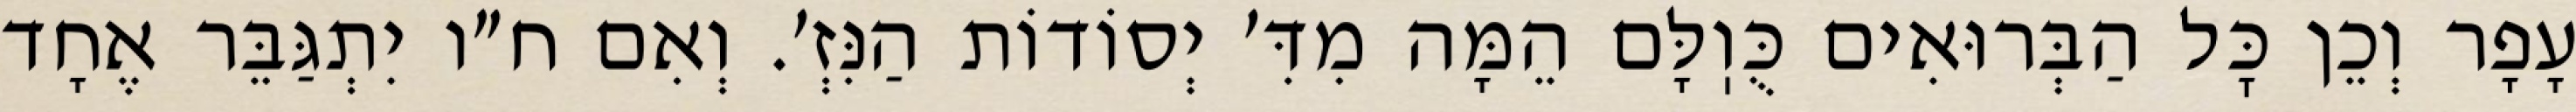
עָפָר וְכֵן כׇּל הַבְּרוּאִים כֻּוֽלָּם הֵמָּה מִדִּ׳ יְסוֹדוֹת הַנִּזְ׳. וְאִם ח״ו יִתְגַּבֵּר אֶחָד